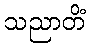
သညာတိံ